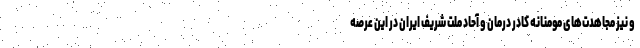
و نیز مجاهدت‌های مومنانه کادر درمان و آحاد ملت شریف ایران در این عرصه